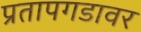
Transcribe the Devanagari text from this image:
प्रतापगडावर